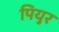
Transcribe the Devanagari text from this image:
पियुर